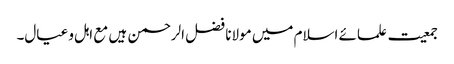
جمعیت علمائے اسلام میں مولانا فضل الرحمن ہیں مع اہل و عیال۔